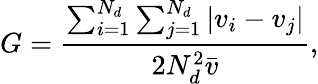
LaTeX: G=\frac{\sum_{i=1}^{N_{d}}\sum_{j=1}^{N_{d}}|v_{i}-v_{j}|}{2N_{d}^{2}\bar{v}},